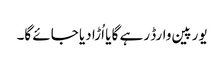
یورپین وارڈ رہے گا یا اُڑا دیا جائے گا۔